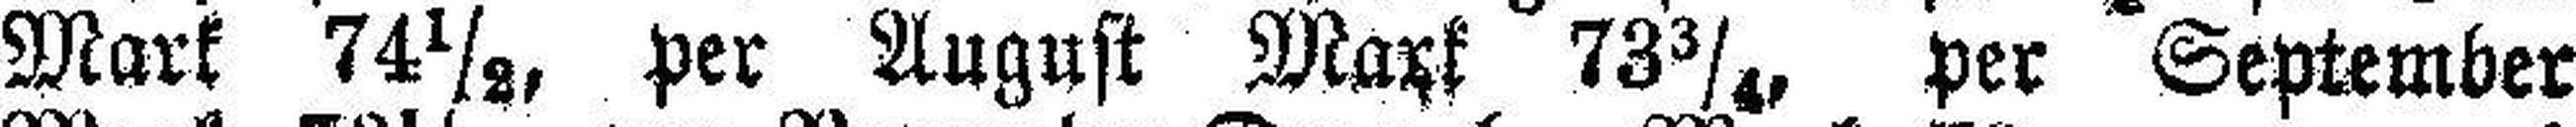
Mark 74½, per August Mark 73¾, per September